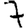
Digit: 7